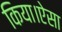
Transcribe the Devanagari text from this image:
किया।ऐसा